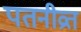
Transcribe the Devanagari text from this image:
पतनीव्रत